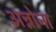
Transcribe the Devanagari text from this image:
अन्नोना